Annual administration report of the Civil Veterinary Department, Ajmere-Merwara, British Rajputana - 1914-1940
Year: 1914
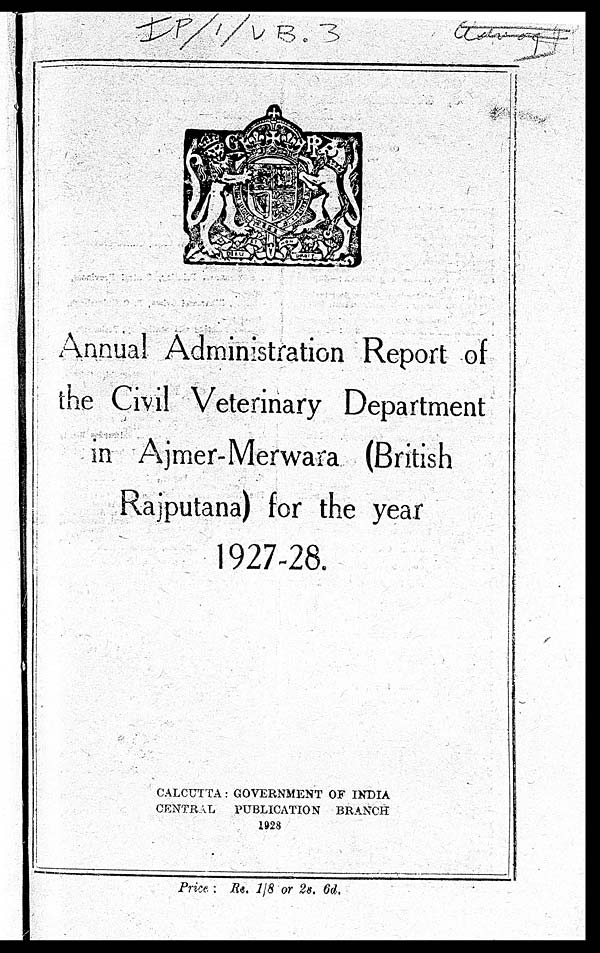
Annual Administration Report of
the Civil Veterinary Department
in Ajmer-Merwara (British
Rajputana) for the year
1927-28.
CALCUTTA: GOVERNMENT OF INDIA
CENTRAL
PUBLICATION BRANCH
1928
Price : Re. 1/8 or 2s. 6d.